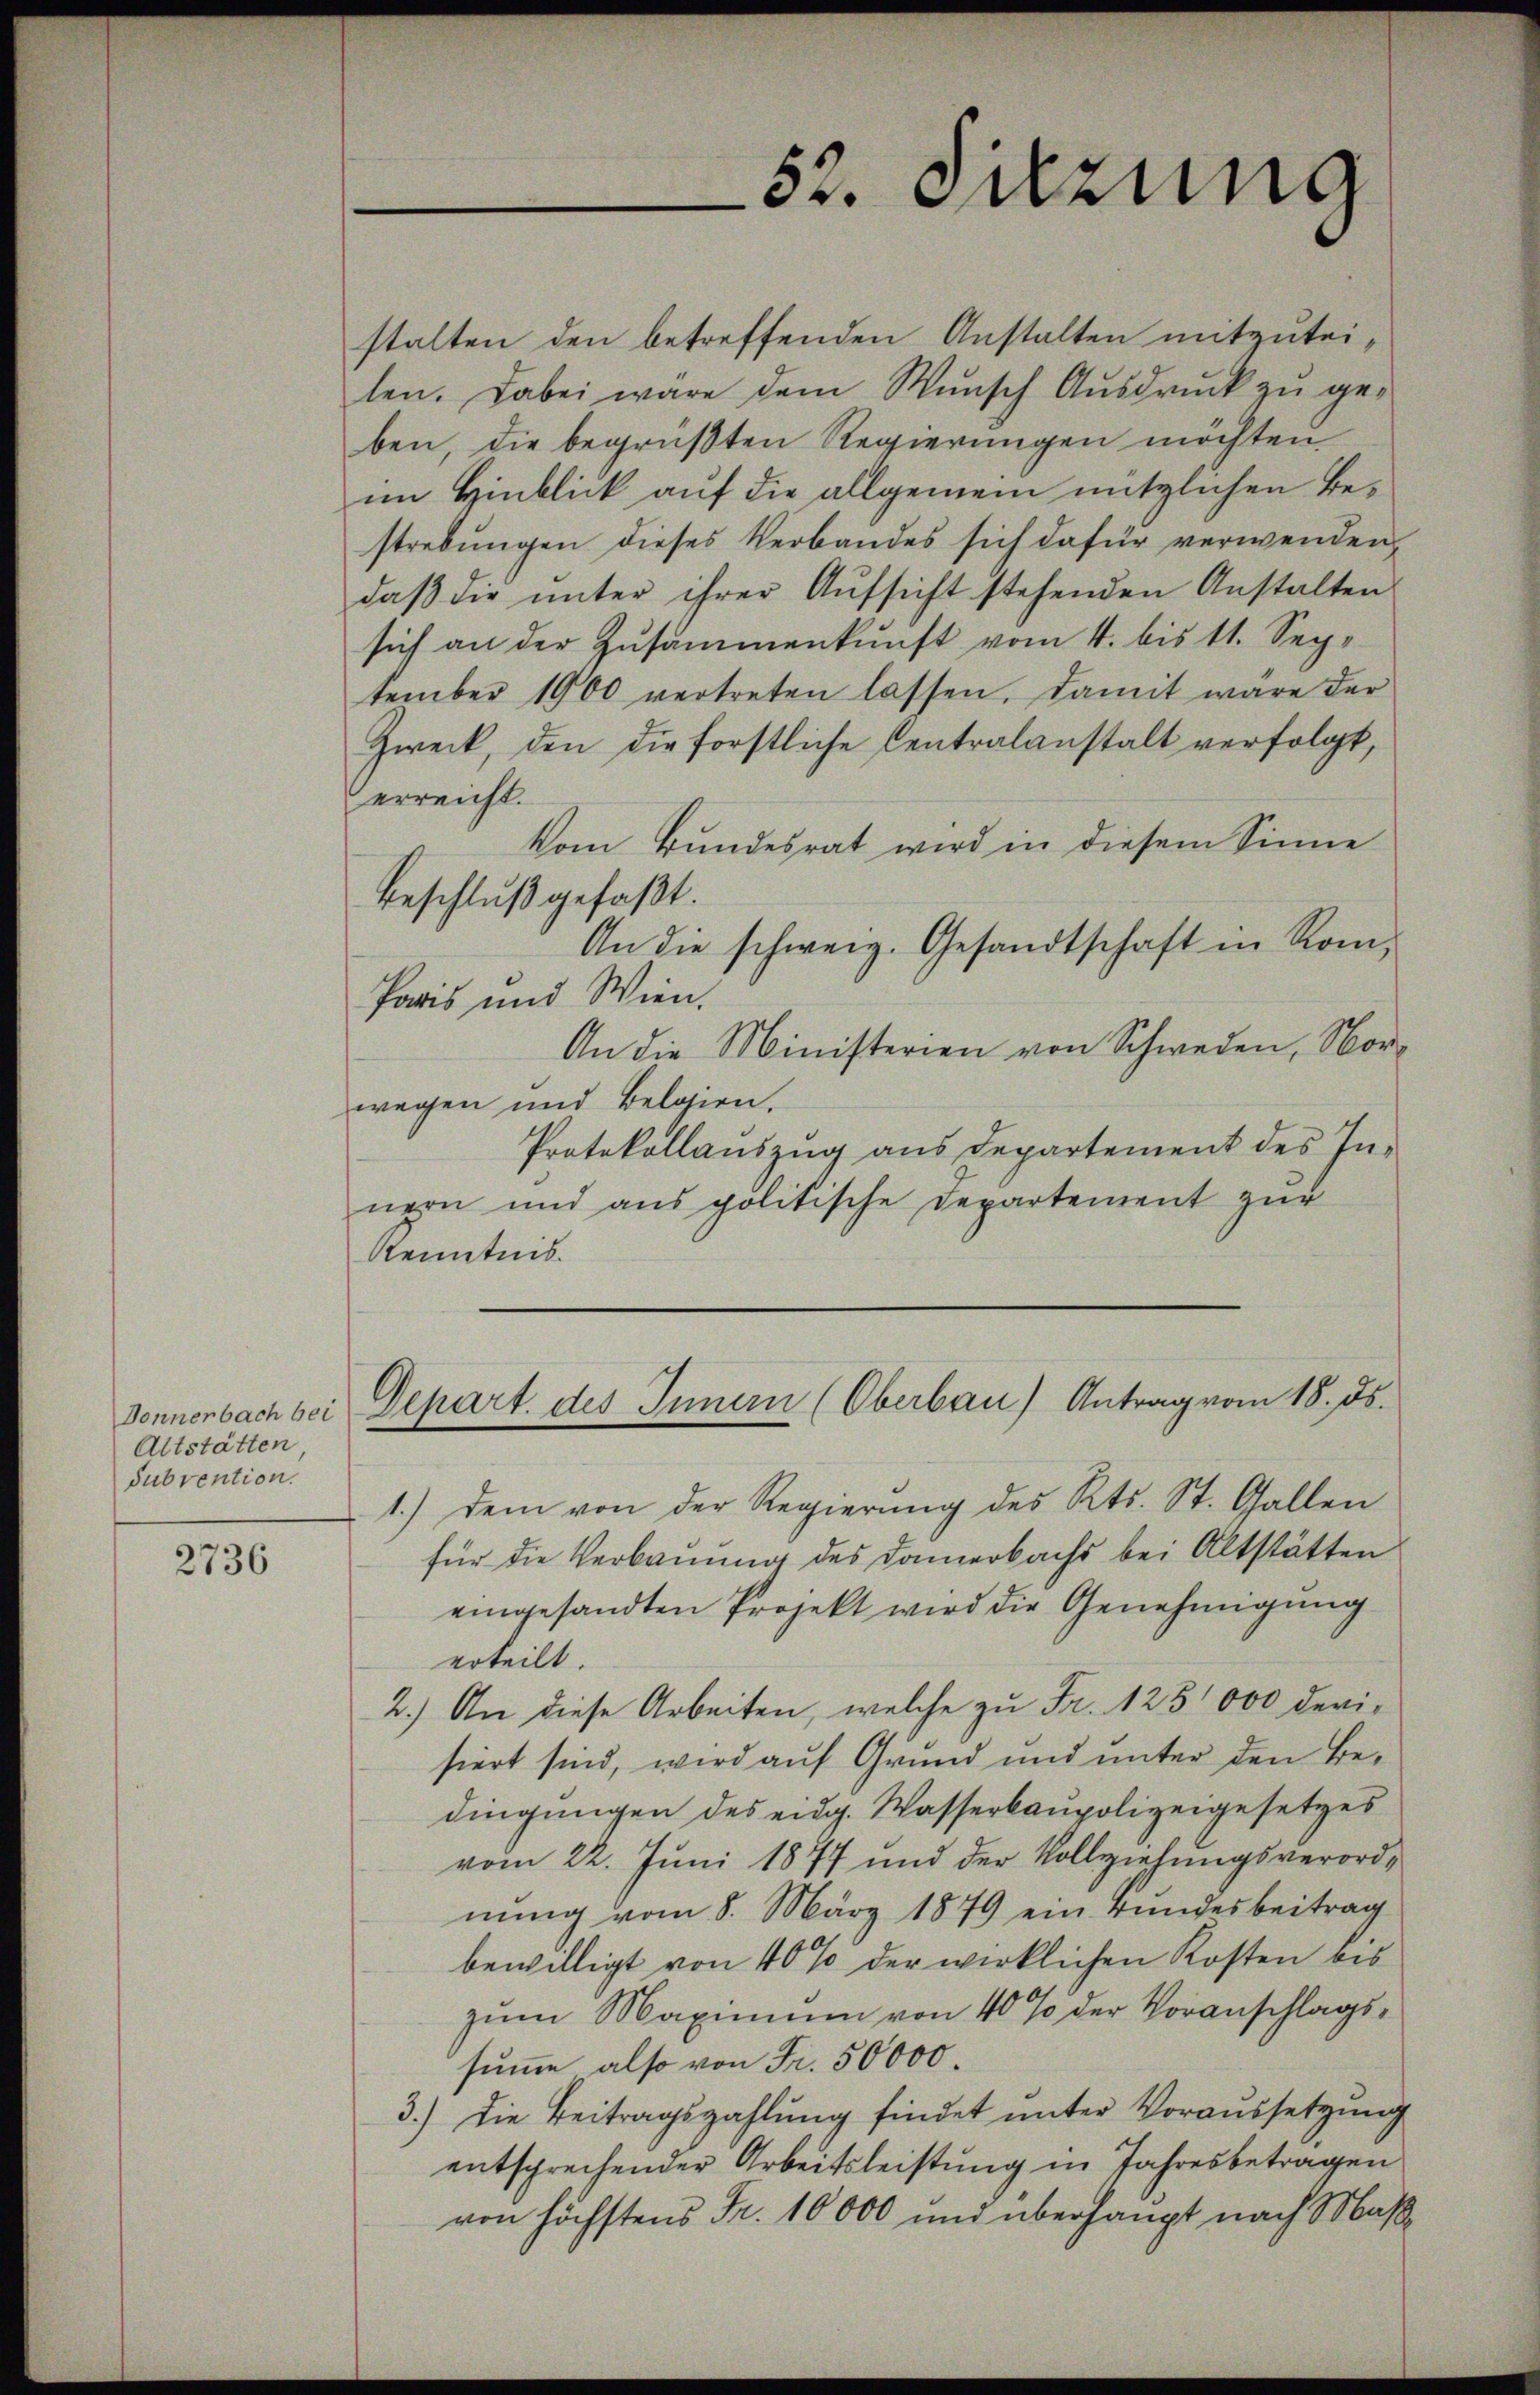
Donnerbach bei
Altstätten,
subvention.

2736

52. Sitzung

stalten den betreffenden Anstalten mitzuteilen. Dabei wäre dem Wunsch Aŭsdrŭck zu geben, die begrüßten Regierungen möchten
im Hinblick auf die allgemein nützlichen Bestrebungen dieses Verbandes sich dafür verwenden,
daβ die ŭnter ihrer Aŭfsicht stehenden Anstalten
sich an der Zusammenkunft vom 4. bis 11. September 1900 vertreten lassen. Damit wäre der
Zweck, den die forstliche Centralanstalt verfolgt,
erreicht.
Vom Bundesrat wird in diesem Sinne
Beschluß gefaßt.
An die schweiz. Gesandtschaft in Rom,
Paris und Wien.
An die Ministerien von Schweden, Morwegen und Belgien.
Protokollaŭszŭg aŭs Departement des In-
nern und aus politische Departement zŭr
Kenntnis.

Depart. des Innern (Oberbau) Antrag vom 18. ds.

1.) dem von der Regierŭng des Kts. St. Gallen
für die Verbauung des Domerbachs bei Altstätten
eingesandten Projekt wird die Genehmigung
erteilt.
2.) An diese Arbeiten, welche zu Fr. 125 000 devisiert sind, wird auf Grund und unter den Bedingungen des eidg. Wasserbaupolizeigesetzes
vom 22. Juni 1877 und der Vollziehungsverordnung vom 8. März 1879 ein Bundesbeitrag
bewilligt von 40% der wirklichen Kosten bis
zum Maximum von 40 % der Voranschlagssumme also von Fr. 50000.
3.) Die Beitragszahlung findet unter Voraussetzung
entsprechender Arbeitsleistung in Jahresbetragen
von höchstens Fr. 10000 und überhaupt nach Maß¬